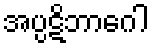
အပ္ပဋိဘာဂေါ